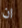
ان